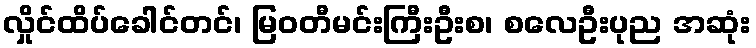
လှိုင်ထိပ်ခေါင်တင်၊ မြဝတီမင်းကြီးဦးစ၊ စလေဦးပုည အဆုံး